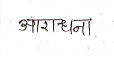
मजकूर: आराधना